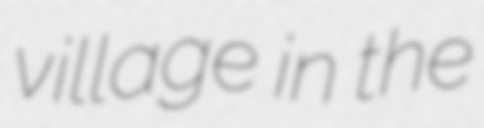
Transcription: village in the